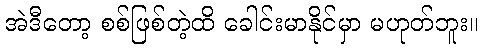
အဲဒီတော့ စစ်ဖြစ်တဲ့ထိ ခေါင်းမာနိုင်မှာ မဟုတ်ဘူး။